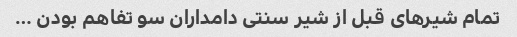
تمام شیر‌های قبل از شیر سنتی دامداران سو تفاهم بودن …